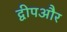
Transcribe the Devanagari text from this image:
द्वीपऔर